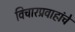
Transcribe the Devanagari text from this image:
विचारप्रवाहांचे